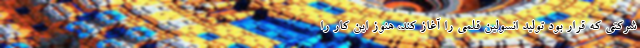
شرکتی که قرار بود تولید انسولین قلمی را آغاز کند، هنوز این کار را